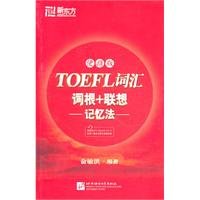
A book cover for TOEFL Vocabulary-Word Root+Associative Memory-Portable Edition (Chinese Edition); Yu Minhong; Test Preparation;